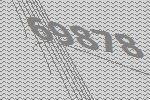
69878